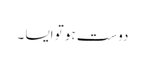
دوست ہو تو ایسا ۔